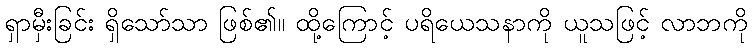
ရှာမှီးခြင်း ရှိသော်သာ ဖြစ်၏။ ထို့ကြောင့် ပရိယေသနာကို ယူသဖြင့် လာဘကို